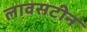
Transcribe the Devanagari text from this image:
लावसटीन